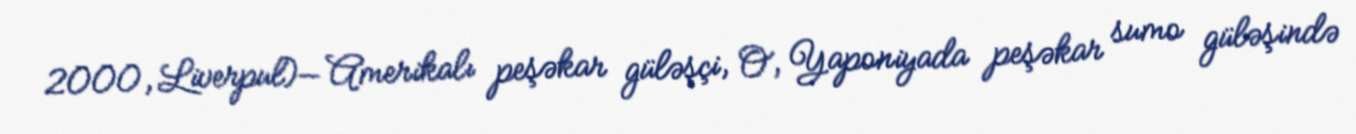
2000, Liverpul)— Amerikalı peşəkar güləşçi, O, Yaponiyada peşəkar sumo güləşində